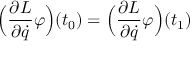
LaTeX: { \Bigl ( } { \frac { \partial L } { \partial { \dot { q } } } } \varphi { \Bigr ) } ( t _ { 0 } ) = { \Bigl ( } { \frac { \partial L } { \partial { \dot { q } } } } \varphi { \Bigr ) } ( t _ { 1 } )